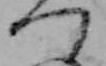
つ